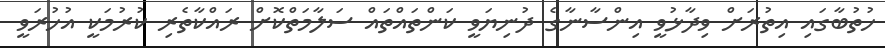
ހުތުބާގައި އިތުރަށް ވިދާޅުވީ އިންސާނާގެ ދުނިޔަވީ ކަންތައްތައް ސަލާމަތްކޮށް ރައްކާތެރި ކުރުމަކީ އުހުރަވީ